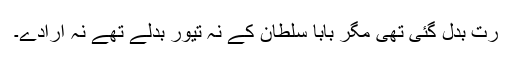
رت بدل گئی تھی مگر بابا سلطان کے نہ تیور بدلے تھے نہ ارادے۔